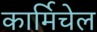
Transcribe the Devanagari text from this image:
कार्मिचेल